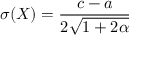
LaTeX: \sigma ( X ) = { \frac { c - a } { 2 { \sqrt { 1 + 2 \alpha } } } }